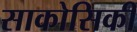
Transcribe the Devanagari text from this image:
साकोसिकी